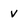
Character: V